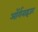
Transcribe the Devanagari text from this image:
ऑर्गनाइजर